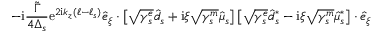
- \mathrm { i } \frac { \widetilde \Gamma } { 4 \Delta _ { s } } \mathrm { e } ^ { 2 \mathrm { i } k _ { z } ( \ell - \ell _ { s } ) } \hat { e } _ { \xi } \cdot \left[ \sqrt { \gamma _ { s } ^ { e } } \hat { d } _ { s } + \mathrm { i } \xi \sqrt { \gamma _ { s } ^ { m } } \hat { \mu } _ { s } \right] \left[ \sqrt { \gamma _ { s } ^ { e } } \hat { d } _ { s } ^ { * } - \mathrm { i } \xi \sqrt { \gamma _ { s } ^ { m } } \hat { \mu } _ { s } ^ { * } \right] \cdot \hat { e } _ { \xi }